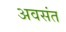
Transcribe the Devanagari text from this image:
अवसंत